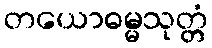
တယောဓမ္မသုတ္တံ